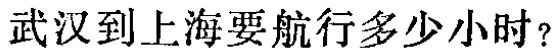
武汉到上海要航行多少小时？